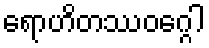
ရောဟိတဿဝဂ္ဂေါ